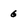
Character: 6